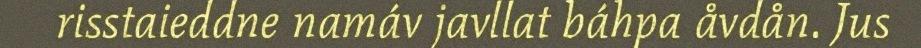
risstaieddne namáv javllat báhpa åvdån. Jus